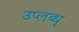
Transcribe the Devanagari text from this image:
उप्लब्ध्